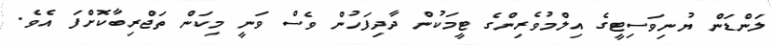
ލަންޑަން ޔުނިވަސިޓީގެ އިލްމުވެރިންގެ ޓީމަކުން ދާދިފަހުން ވެސް ވަނީ މިކަން ތަޖްރިބާކޮށްފަ އެވެ.